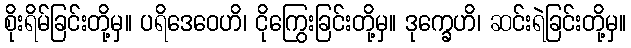
စိုးရိမ်ခြင်းတို့မှ။ ပရိဒေဝေဟိ၊ ငိုကြွေးခြင်းတို့မှ။ ဒုက္ခေဟိ၊ ဆင်းရဲခြင်းတို့မှ။